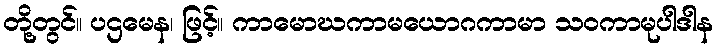
တို့တွင်။ ပဌမေန၊ ဖြင့်။ ကာမောဃကာမယောဂကာမာ သဝကာမုပါဒါန